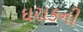
ઘરાકની